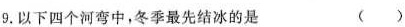
9.以下四个河弯中，冬季最先结冰的是 ( )